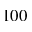
1 0 0